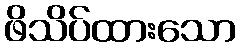
ဖိသိပ်ထားသော